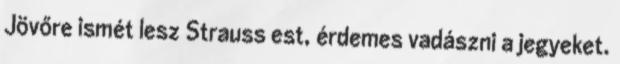
Jövőre ismét lesz Strauss est, érdemes vadászni a jegyeket.